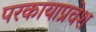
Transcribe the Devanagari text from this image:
परकायाप्रवेश